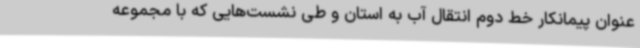
عنوان پیمانکار خط دوم انتقال آب به استان و طی نشست‌هایی که با مجموعه